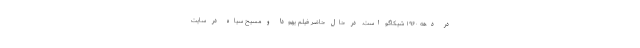
در دهه ۱۹۶۰ شیکاگو است. در حال حاضر فیلم یهودا و مسیح سیاه در سایت